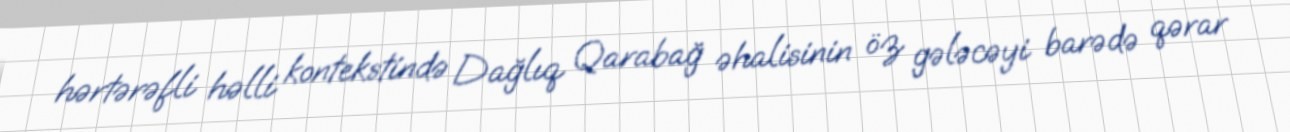
hərtərəfli həlli kontekstində Dağlıq Qarabağ əhalisinin öz gələcəyi barədə qərar